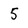
Character: 5